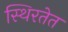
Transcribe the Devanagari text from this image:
स्थिरतेत